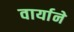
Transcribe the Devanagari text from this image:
वार्याने